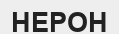
НЕРОН